Annual vaccination report of Bihar and Orissa - 1911-1928
Year: 1911
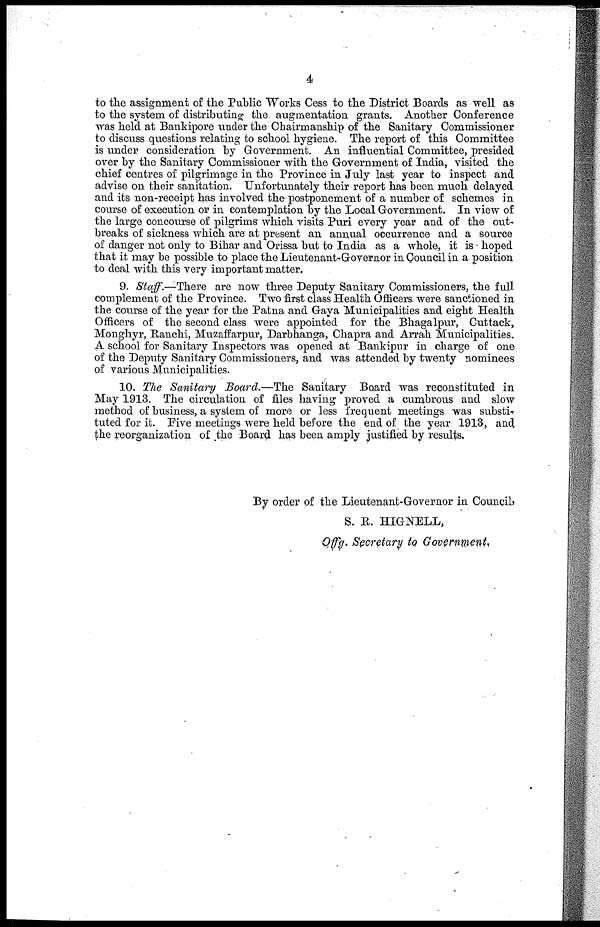
4
to the assignment of the Public Works Cess to the District Boards as well as
to the system of distributing the augmentation grants. Another Conference
was held at Bankipore under the Chairmanship of the Sanitary Commissioner
to discuss questions relating to school hygiene. The report of this Committee
is under consideration by Government. An influential Committee, presided
over by the Sanitary Commissioner with the Government of India, visited the
chief centres of pilgrimage in the Province in July last year to inspect and
advise on their sanitation. Unfortunately their report has been much delayed
and its non-receipt has involved the postponement of a number of schemes in
course of execution or in contemplation by the Local Government. In view of
the large concourse of pilgrims which visits Puri every year and of the out-
breaks of sickness which are at present an annual occurrence and a source
of danger not only to Bihar and Orissa but to India as a whole, it is hoped
that it may be possible to place the Lieutenant-Governor in Council in a position
to deal with this very important matter.
9. Staff.—There are now three Deputy Sanitary Commissioners, the full
complement of the Province. Two first class Health Officers were sanctioned in
the course of the year for the Patna and Gaya Municipalities and eight Health
Officers of the second class were appointed for the Bhagalpur, Cuttack,
Monghyr, Ranchi, Muzaffarpur, Darbhanga, Chapra and Arrah Municipalities.
A school for Sanitary Inspectors was opened at Bankipur in charge of one
of the Deputy Sanitary Commissioners, and was attended by twenty nominees
of various Municipalities.
10. The Sanitary Board.—The Sanitary Board was reconstituted in
May 1913. The circulation of files having proved a cumbrous and slow
method of business, a system of more or less frequent meetings was substi-
tuted for it. Five meetings were held before the end of the year 1913, and,
the reorganization of the Board has been amply justified by results.
By order of the Lieutenant-Governor in Council,
S. R. HIGNELL,
Offg. Secretary to Government.